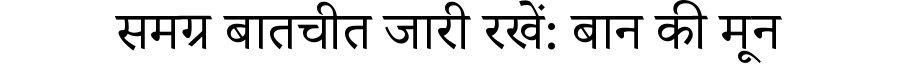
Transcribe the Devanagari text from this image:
समग्र बातचीत जारी रखें: बान की मून